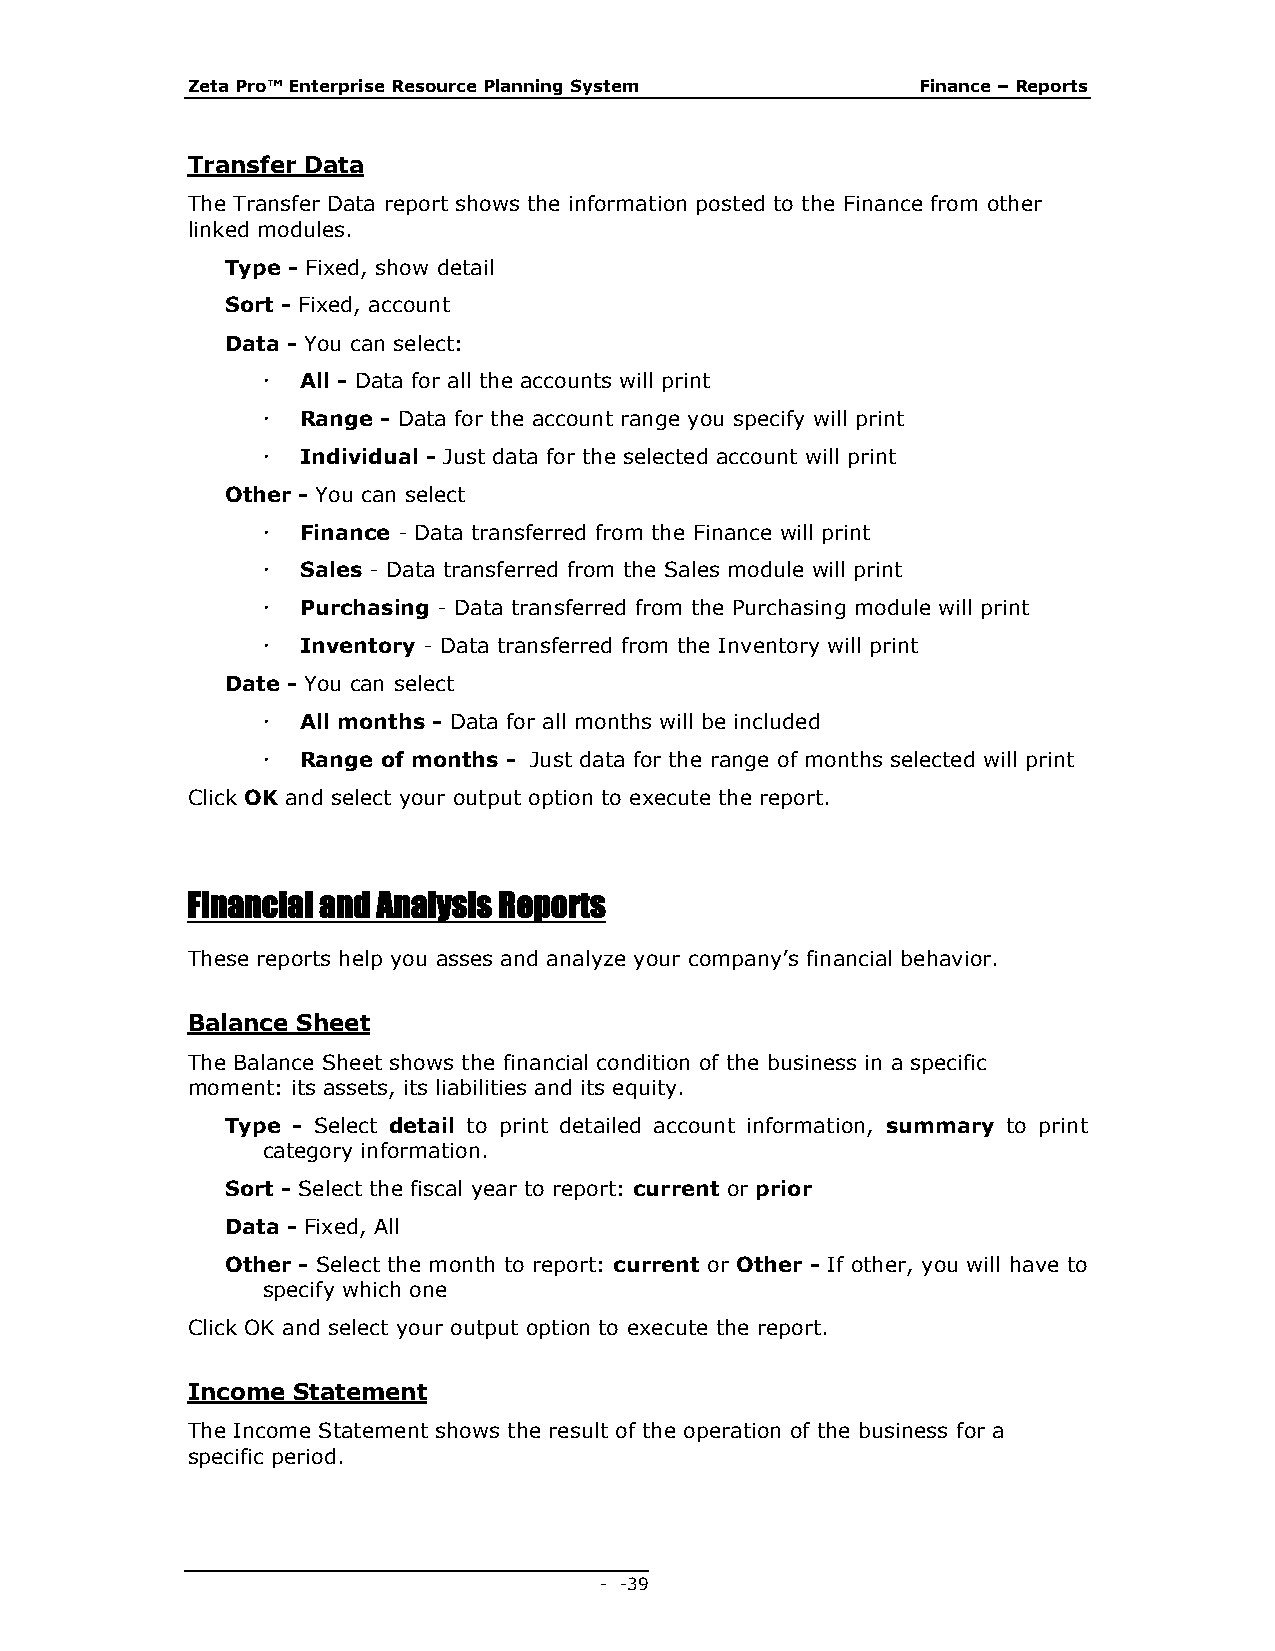
Zeta Pro™ Enterprise Resource Planning System    Finance – Reports
 Transfer Data
 The Transfer Data report shows the information posted to the Finance from other
 linked modules.
 Type - Fixed, show detail
 Sort - Fixed, account
 Data - You can select:
   All - Data for all the accounts will print
   Range - Data for the account range you specify will print
   Individual - Just data for the selected account will print
 Other - You can select
   Finance - Data transferred from the Finance will print
   Sales - Data transferred from the Sales module will print
   Purchasing - Data transferred from the Purchasing module will print
   Inventory - Data transferred from the Inventory will print
 Date - You can select
   All months - Data for all months will be included
   Range of months - Just data for the range of months selected will print
 Click OK and select your output option to execute the report.
 Financial and Analysis Reports
 These reports help you asses and analyze your company’s financial behavior.
 Balance Sheet
 The Balance Sheet shows the financial condition of the business in a specific
 moment: its assets, its liabilities and its equity.
 Type - Select detail to print detailed account information, summary to print
 category information.
 Sort - Select the fiscal year to report: current or prior
 Data - Fixed, All
 Other - Select the month to report: current or Other - If other, you will have to
 specify which one
 Click OK and select your output option to execute the report.
 Income Statement
 The Income Statement shows the result of the operation of the business for a
 specific period.
 - - 39